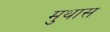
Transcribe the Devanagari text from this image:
मुथास